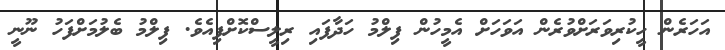
އަހަރެން ހީކުރިވަރަށްވުރެން އަވަހަށް އެމީހުން ފިލްމު ހަދާފައި ރިލީސްކޮށްފިއެވެ. ފިލްމު ބެލުމަށްފަހު ނޫނީ